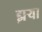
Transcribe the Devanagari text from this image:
झऱ्या